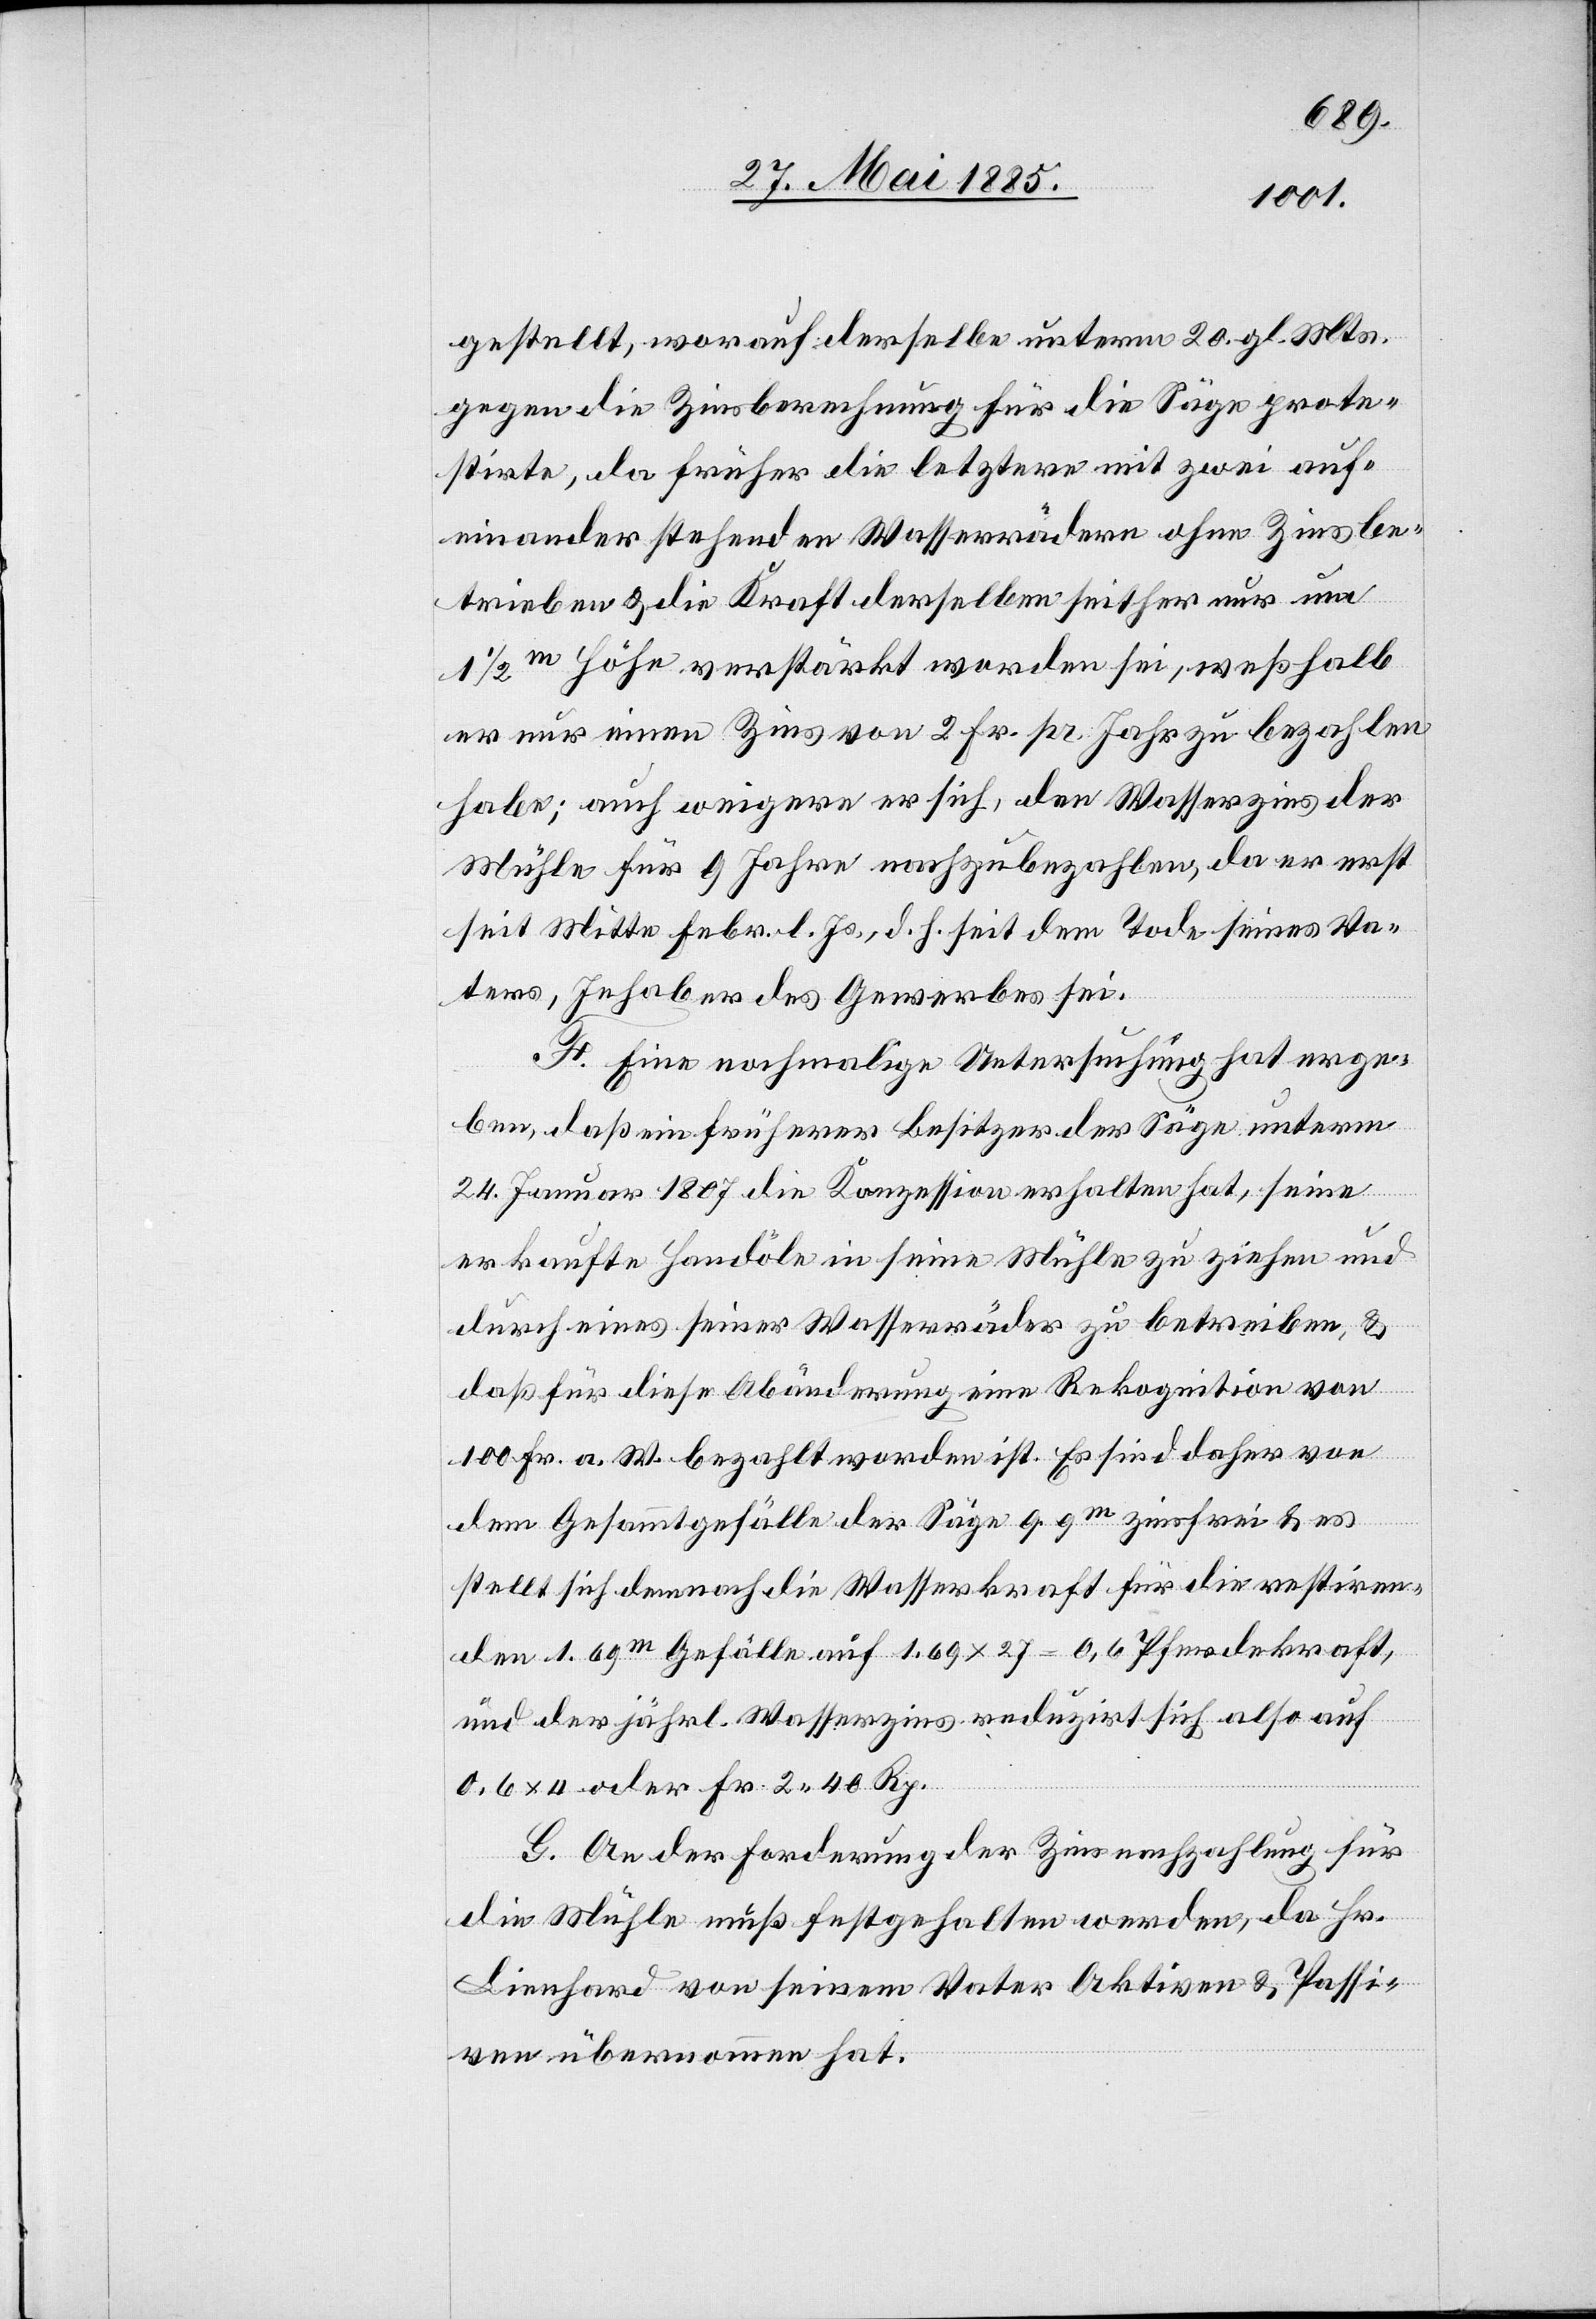
gestellt, worauf derselbe unterm 20. gl. Mts.
gegen die Zinsberechnung für die Säge prote¬
stirte, da früher die letztere mit zwei auf¬
einander stehenden Wasserrädern ohne Zins be¬
trieben & die Kraft derselben seither nur um
1/2 m Höhe verstärkt worden sei, weshalb
er nur einen Zins von 2 Fr. pr. Jahr zu bezahlen
habe; auch weigere er sich, den Wasserzins der
Mühle für 9 Jahre nachzubezahlen, da er erst
seit Mitte Febr. l. Js., d. h. seit dem Tode seines Va¬
ters, Inhaber des Gewerbes sei.
F. Eine nochmalige Untersuchung hat erge¬
ben, daß ein früherer Besitzer der Säge unterm
24. Januar 1807 die Konzession erhalten hat, seine
erkaufte [?Handöle] in seine Mühle zu ziehen und
durch eines seiner Wasserräder zu betreiben, &
daß für diese Abänderung eine Rekognition von
100 Fr. a. W. bezahlt worden ist. Es sind daher von
dem Gesammtgefälle der Säge 9.9 m zinsfrei & es
stellt dich demnach die Wasserkraft für die restiren¬
den 1.69 m Gefälle auf 1.69 x 27 = 0,6 Pferdekraft,
und der jährl. Wasserzins reduzirt sich also auf
0,6 x 4 oder Fr. 2 40 Rp.
G. An der Forderung der Zinsnachzahlung für
die Mühle muß festgehalten werden, da Hr.
Lienhard von seinem Vater Aktiven & Passi¬
ven übernommen hat.